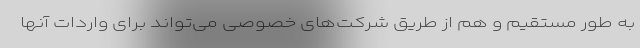
به طور مستقیم و هم از طریق شرکت‌های خصوصی می‌تواند برای واردات آنها